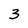
Character: 3